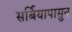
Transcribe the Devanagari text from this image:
सर्बियापासुन